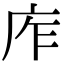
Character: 㡸